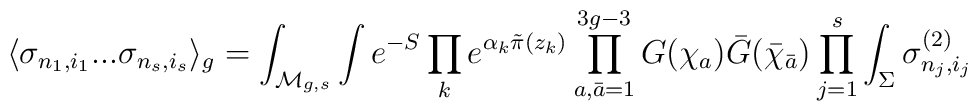
\langle \sigma_{n_1,i_1} ... \sigma_{n_s,i_s} \rangle_g =\int_{{\cal M}_{g,s}} \int e^{-S} \prod_{k} e^{\alpha_k {\tilde\pi} (z_k)}\prod_{a,{\bar a} = 1}^{3g-3} G(\chi_a) {\bar G}({\bar\chi}_{\bar a}) \prod_{j=1}^{s} \int_{\Sigma}\sigma_{n_j,i_j}^{(2)}